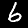
Label: 6